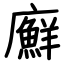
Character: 廯